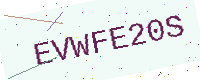
Text: EVWFE20S